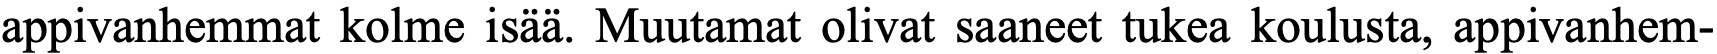
appivanhemmat kolme isää. Muutamat olivat saaneet tukea koulusta, appivanhem-